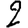
Digit: 2